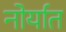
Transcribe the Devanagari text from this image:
नोर्यात